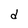
Character: d